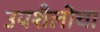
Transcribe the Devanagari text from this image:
उपशैलीचा